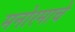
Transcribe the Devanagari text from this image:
मनोरमाचे